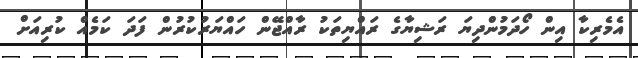
އެމެރިކާ އިން ހޯދަމުންދިޔަ ރަޝިޔާގެ ރައްޔިތަކު ރާއްޖޭން ހައްޔަރުކުރުން ފަދަ ކަމެއް ކުރިއަށް